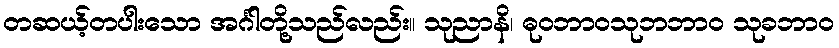
တဆယ့်တပါးသော အင်္ဂါတို့သည်လည်း။ သုညာနိ၊ ဓုဝဘာဝသုဘဘာဝ သုခဘာဝ